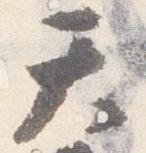
天